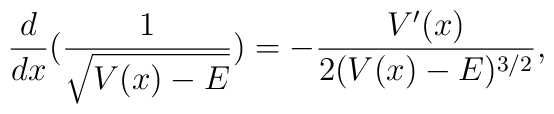
\frac{d}{dx} ( \frac{1}{\sqrt{V(x) - E}} ) =     - \frac{V'(x)}{2 (V(x) - E)^{3/2}},